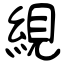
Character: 絸